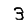
Digit: 3